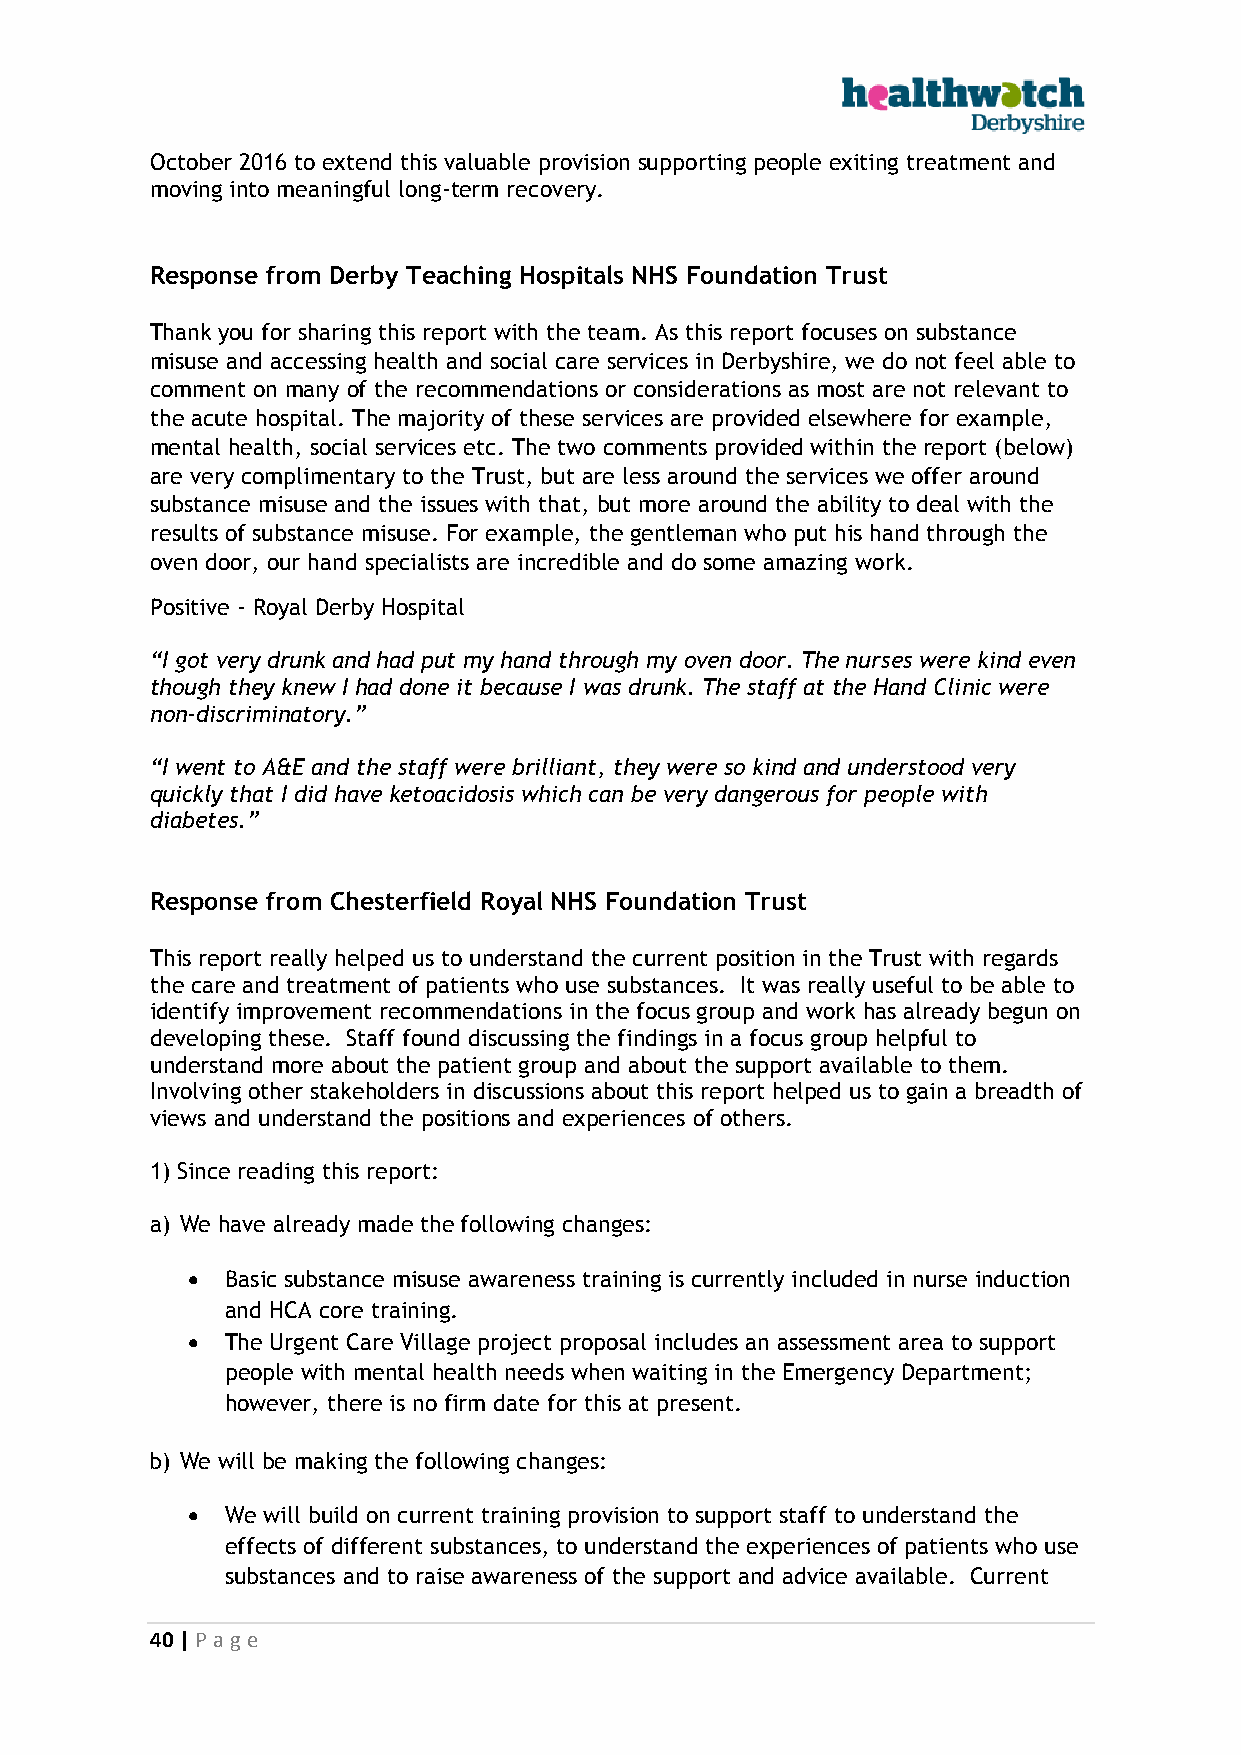
October 2016 to extend this valuable provision supporting people exiting treatment and
 moving into meaningful long-term recovery.
 Response from Derby Teaching Hospitals NHS Foundation Trust
 Thank you for sharing this report with the team. As this report focuses on substance
 misuse and accessing health and social care services in Derbyshire, we do not feel able to
 comment on many of the recommendations or considerations as most are not relevant to
 the acute hospital. The majority of these services are provided elsewhere for example,
 mental health, social services etc. The two comments provided within the report (below)
 are very complimentary to the Trust, but are less around the services we offer around
 substance misuse and the issues with that, but more around the ability to deal with the
 results of substance misuse. For example, the gentleman who put his hand through the
 oven door, our hand specialists are incredible and do some amazing work.
 Positive - Royal Derby Hospital
 “I got very drunk and had put my hand through my oven door. The nurses were kind even
 though they knew I had done it because I was drunk. The staff at the Hand Clinic were
 non-discriminatory.”
 “I went to A&E and the staff were brilliant, they were so kind and understood very
 quickly that I did have ketoacidosis which can be very dangerous for people with
 diabetes.”
 Response from Chesterfield Royal NHS Foundation Trust
 This report really helped us to understand the current position in the Trust with regards
 the care and treatment of patients who use substances. It was really useful to be able to
 identify improvement recommendations in the focus group and work has already begun on
 developing these. Staff found discussing the findings in a focus group helpful to
 understand more about the patient group and about the support available to them.
 Involving other stakeholders in discussions about this report helped us to gain a breadth of
 views and understand the positions and experiences of others.
 1) Since reading this report:
 a) We have already made the following changes:
   Basic substance misuse awareness training is currently included in nurse induction
 and HCA core training.
   The Urgent Care Village project proposal includes an assessment area to support
 people with mental health needs when waiting in the Emergency Department;
 however, there is no firm date for this at present.
 b) We will be making the following changes:
   We will build on current training provision to support staff to understand the
 effects of different substances, to understand the experiences of patients who use
 substances and to raise awareness of the support and advice available. Current
 40 | P age